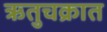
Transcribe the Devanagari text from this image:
ऋतुचक्रात